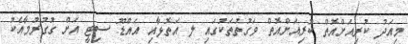
މިއަދު ކުރިއަށްއޮތް ކުރިއަށްއޮތް ވަގުތުތަކުގައި ލ އަތޮޅާއި އައްޑޫ ސިޓީ އަށް ގުގުރުމާއެކު